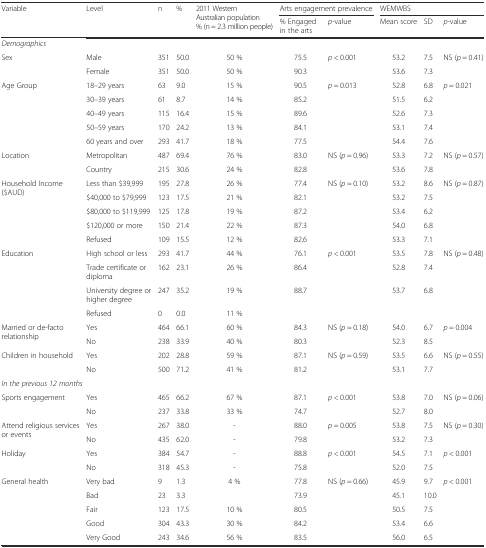
<table><thead><tr><td rowspan="2"><b>Variable</b></td><td rowspan="2"><b>Level</b></td><td rowspan="2"><b>n</b></td><td rowspan="2"><b>%</b></td><td rowspan="2"><b>2011 Western Australian population % (n = 2.3 million people)</b></td><td colspan="2"><b>Arts engagement prevalence</b></td><td colspan="3"><b>WEMWBS</b></td></tr><tr><td><b>% Engaged in the arts</b></td><td><b><i>p</i>-value</b></td><td><b>Mean score</b></td><td><b>SD</b></td><td><b><i>p</i>-value</b></td></tr></thead><tbody><tr><td colspan="10"><i>Demographics</i></td></tr><tr><td rowspan="2">Sex</td><td>Male</td><td>351</td><td>50.0</td><td>50 %</td><td>75.5</td><td rowspan="2"><i>p</i> &lt; 0.001</td><td>53.2</td><td>7.5</td><td rowspan="2">NS (<i>p</i> = 0.41)</td></tr><tr><td>Female</td><td>351</td><td>50.0</td><td>50 %</td><td>90.3</td><td>53.6</td><td>7.3</td></tr><tr><td rowspan="5">Age Group</td><td>18–29 years</td><td>63</td><td>9.0</td><td>15 %</td><td>90.5</td><td rowspan="5"><i>p</i> = 0.013</td><td>52.8</td><td>6.8</td><td rowspan="5"><i>p</i> = 0.021</td></tr><tr><td>30–39 years</td><td>61</td><td>8.7</td><td>14 %</td><td>85.2</td><td>51.5</td><td>6.2</td></tr><tr><td>40–49 years</td><td>115</td><td>16.4</td><td>15 %</td><td>89.6</td><td>52.6</td><td>7.3</td></tr><tr><td>50–59 years</td><td>170</td><td>24.2</td><td>13 %</td><td>84.1</td><td>53.1</td><td>7.4</td></tr><tr><td>60 years and over</td><td>293</td><td>41.7</td><td>18 %</td><td>77.5</td><td>54.4</td><td>7.6</td></tr><tr><td rowspan="2">Location</td><td>Metropolitan</td><td>487</td><td>69.4</td><td>76 %</td><td>83.0</td><td rowspan="2">NS (<i>p</i> = 0.96)</td><td>53.3</td><td>7.2</td><td rowspan="2">NS (<i>p</i> = 0.57)</td></tr><tr><td>Country</td><td>215</td><td>30.6</td><td>24 %</td><td>82.8</td><td>53.6</td><td>7.8</td></tr><tr><td rowspan="5">Household Income ($AUD)</td><td>Less than $39,999</td><td>195</td><td>27.8</td><td>26 %</td><td>77.4</td><td rowspan="5">NS (<i>p</i> = 0.10)</td><td>53.2</td><td>8.6</td><td rowspan="5">NS (<i>p</i> = 0.87)</td></tr><tr><td>$40,000 to $79,999</td><td>123</td><td>17.5</td><td>21 %</td><td>82.1</td><td>53.2</td><td>7.5</td></tr><tr><td>$80,000 to $119,999</td><td>125</td><td>17.8</td><td>19 %</td><td>87.2</td><td>53.4</td><td>6.2</td></tr><tr><td>$120,000 or more</td><td>150</td><td>21.4</td><td>22 %</td><td>87.3</td><td>54.0</td><td>6.8</td></tr><tr><td>Refused</td><td>109</td><td>15.5</td><td>12 %</td><td>82.6</td><td>53.3</td><td>7.1</td></tr><tr><td rowspan="4">Education</td><td>High school or less</td><td>293</td><td>41.7</td><td>44 %</td><td>76.1</td><td rowspan="3"><i>p</i> &lt; 0.001</td><td>53.5</td><td>7.8</td><td rowspan="3">NS (<i>p</i> = 0.48)</td></tr><tr><td>Trade certificate or diploma</td><td>162</td><td>23.1</td><td>26 %</td><td>86.4</td><td>52.8</td><td>7.4</td></tr><tr><td>University degree or higher degree</td><td>247</td><td>35.2</td><td>19 %</td><td>88.7</td><td>53.7</td><td>6.8</td></tr><tr><td>Refused</td><td>0</td><td>0.0</td><td>11 %</td><td></td><td></td><td></td><td></td><td></td></tr><tr><td rowspan="2">Married or de-facto relationship</td><td>Yes</td><td>464</td><td>66.1</td><td>60 %</td><td>84.3</td><td rowspan="2">NS (<i>p</i> = 0.18)</td><td>54.0</td><td>6.7</td><td rowspan="2"><i>p</i> = 0.004</td></tr><tr><td>No</td><td>238</td><td>33.9</td><td>40 %</td><td>80.3</td><td>52.3</td><td>8.5</td></tr><tr><td rowspan="2">Children in household</td><td>Yes</td><td>202</td><td>28.8</td><td>59 %</td><td>87.1</td><td rowspan="2">NS (<i>p</i> = 0.59)</td><td>53.5</td><td>6.6</td><td rowspan="2">NS (<i>p</i> = 0.55)</td></tr><tr><td>No</td><td>500</td><td>71.2</td><td>41 %</td><td>81.2</td><td>53.1</td><td>7.7</td></tr><tr><td colspan="10"><i>In the previous 12 months</i></td></tr><tr><td rowspan="2">Sports engagement</td><td>Yes</td><td>465</td><td>66.2</td><td>67 %</td><td>87.1</td><td rowspan="2"><i>p</i> &lt; 0.001</td><td>53.8</td><td>7.0</td><td rowspan="2">NS (<i>p</i> = 0.06)</td></tr><tr><td>No</td><td>237</td><td>33.8</td><td>33 %</td><td>74.7</td><td>52.7</td><td>8.0</td></tr><tr><td rowspan="2">Attend religious services or events</td><td>Yes</td><td>267</td><td>38.0</td><td>-</td><td>88.0</td><td rowspan="2"><i>p</i> = 0.005</td><td>53.8</td><td>7.5</td><td rowspan="2">NS (<i>p</i> = 0.30)</td></tr><tr><td>No</td><td>435</td><td>62.0</td><td>-</td><td>79.8</td><td>53.2</td><td>7.3</td></tr><tr><td rowspan="2">Holiday</td><td>Yes</td><td>384</td><td>54.7</td><td>-</td><td>88.8</td><td rowspan="2"><i>p</i> &lt; 0.001</td><td>54.5</td><td>7.1</td><td rowspan="2"><i>p</i> &lt; 0.001</td></tr><tr><td>No</td><td>318</td><td>45.3</td><td>-</td><td>75.8</td><td>52.0</td><td>7.5</td></tr><tr><td rowspan="5">General health</td><td>Very bad</td><td>9</td><td>1.3</td><td rowspan="2">4 %</td><td>77.8</td><td rowspan="5">NS (<i>p</i> = 0.66)</td><td>45.9</td><td>9.7</td><td rowspan="5"><i>p</i> &lt; 0.001</td></tr><tr><td>Bad</td><td>23</td><td>3.3</td><td>73.9</td><td>45.1</td><td>10.0</td></tr><tr><td>Fair</td><td>123</td><td>17.5</td><td>10 %</td><td>80.5</td><td>50.5</td><td>7.5</td></tr><tr><td>Good</td><td>304</td><td>43.3</td><td>30 %</td><td>84.2</td><td>53.4</td><td>6.6</td></tr><tr><td>Very Good</td><td>243</td><td>34.6</td><td>56 %</td><td>83.5</td><td>56.0</td><td>6.5</td></tr></tbody></table>